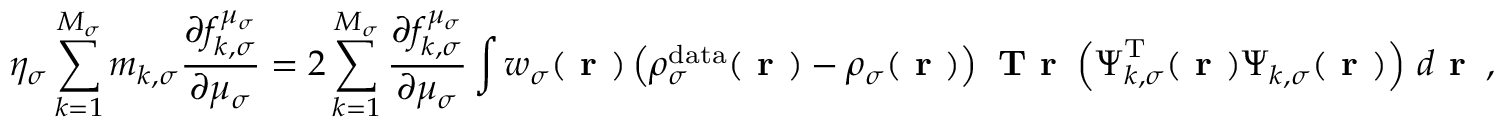
\eta _ { \sigma } \sum _ { k = 1 } ^ { M _ { \sigma } } m _ { k , \sigma } \frac { \partial f _ { k , \sigma } ^ { \mu _ { \sigma } } } { \partial \mu _ { \sigma } } = 2 \sum _ { k = 1 } ^ { M _ { \sigma } } \frac { \partial f _ { k , \sigma } ^ { \mu _ { \sigma } } } { \partial \mu _ { \sigma } } \int w _ { \sigma } ( \boldsymbol { \textbf { r } } ) \left( \rho _ { \sigma } ^ { \mathrm { d a t a } } ( \boldsymbol { \textbf { r } } ) - \rho _ { \sigma } ( \boldsymbol { \textbf { r } } ) \right) \textbf { T r } \left( \boldsymbol { \Psi } _ { k , \sigma } ^ { \mathrm { T } } ( \boldsymbol { \textbf { r } } ) \boldsymbol { \Psi } _ { k , \sigma } ( \boldsymbol { \textbf { r } } ) \right) \, d \boldsymbol { \textbf { r } } \, ,